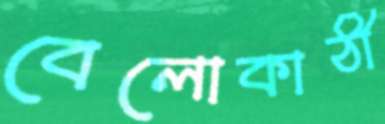
বেলোকাঠী